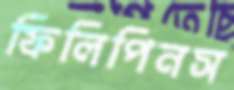
ফিলিপিনস